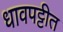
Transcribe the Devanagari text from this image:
धावपट्टीत